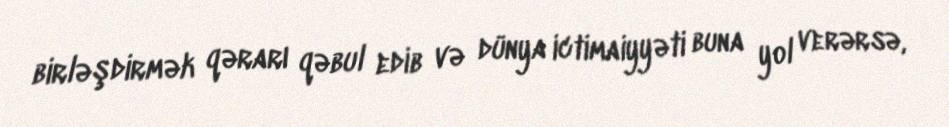
birləşdirmək qərarı qəbul edib və dünya ictimaiyyəti buna yol verərsə,